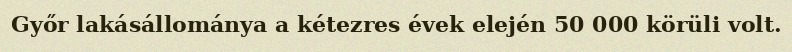
Győr lakásállománya a kétezres évek elején 50 000 körüli volt.